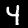
Label: 4